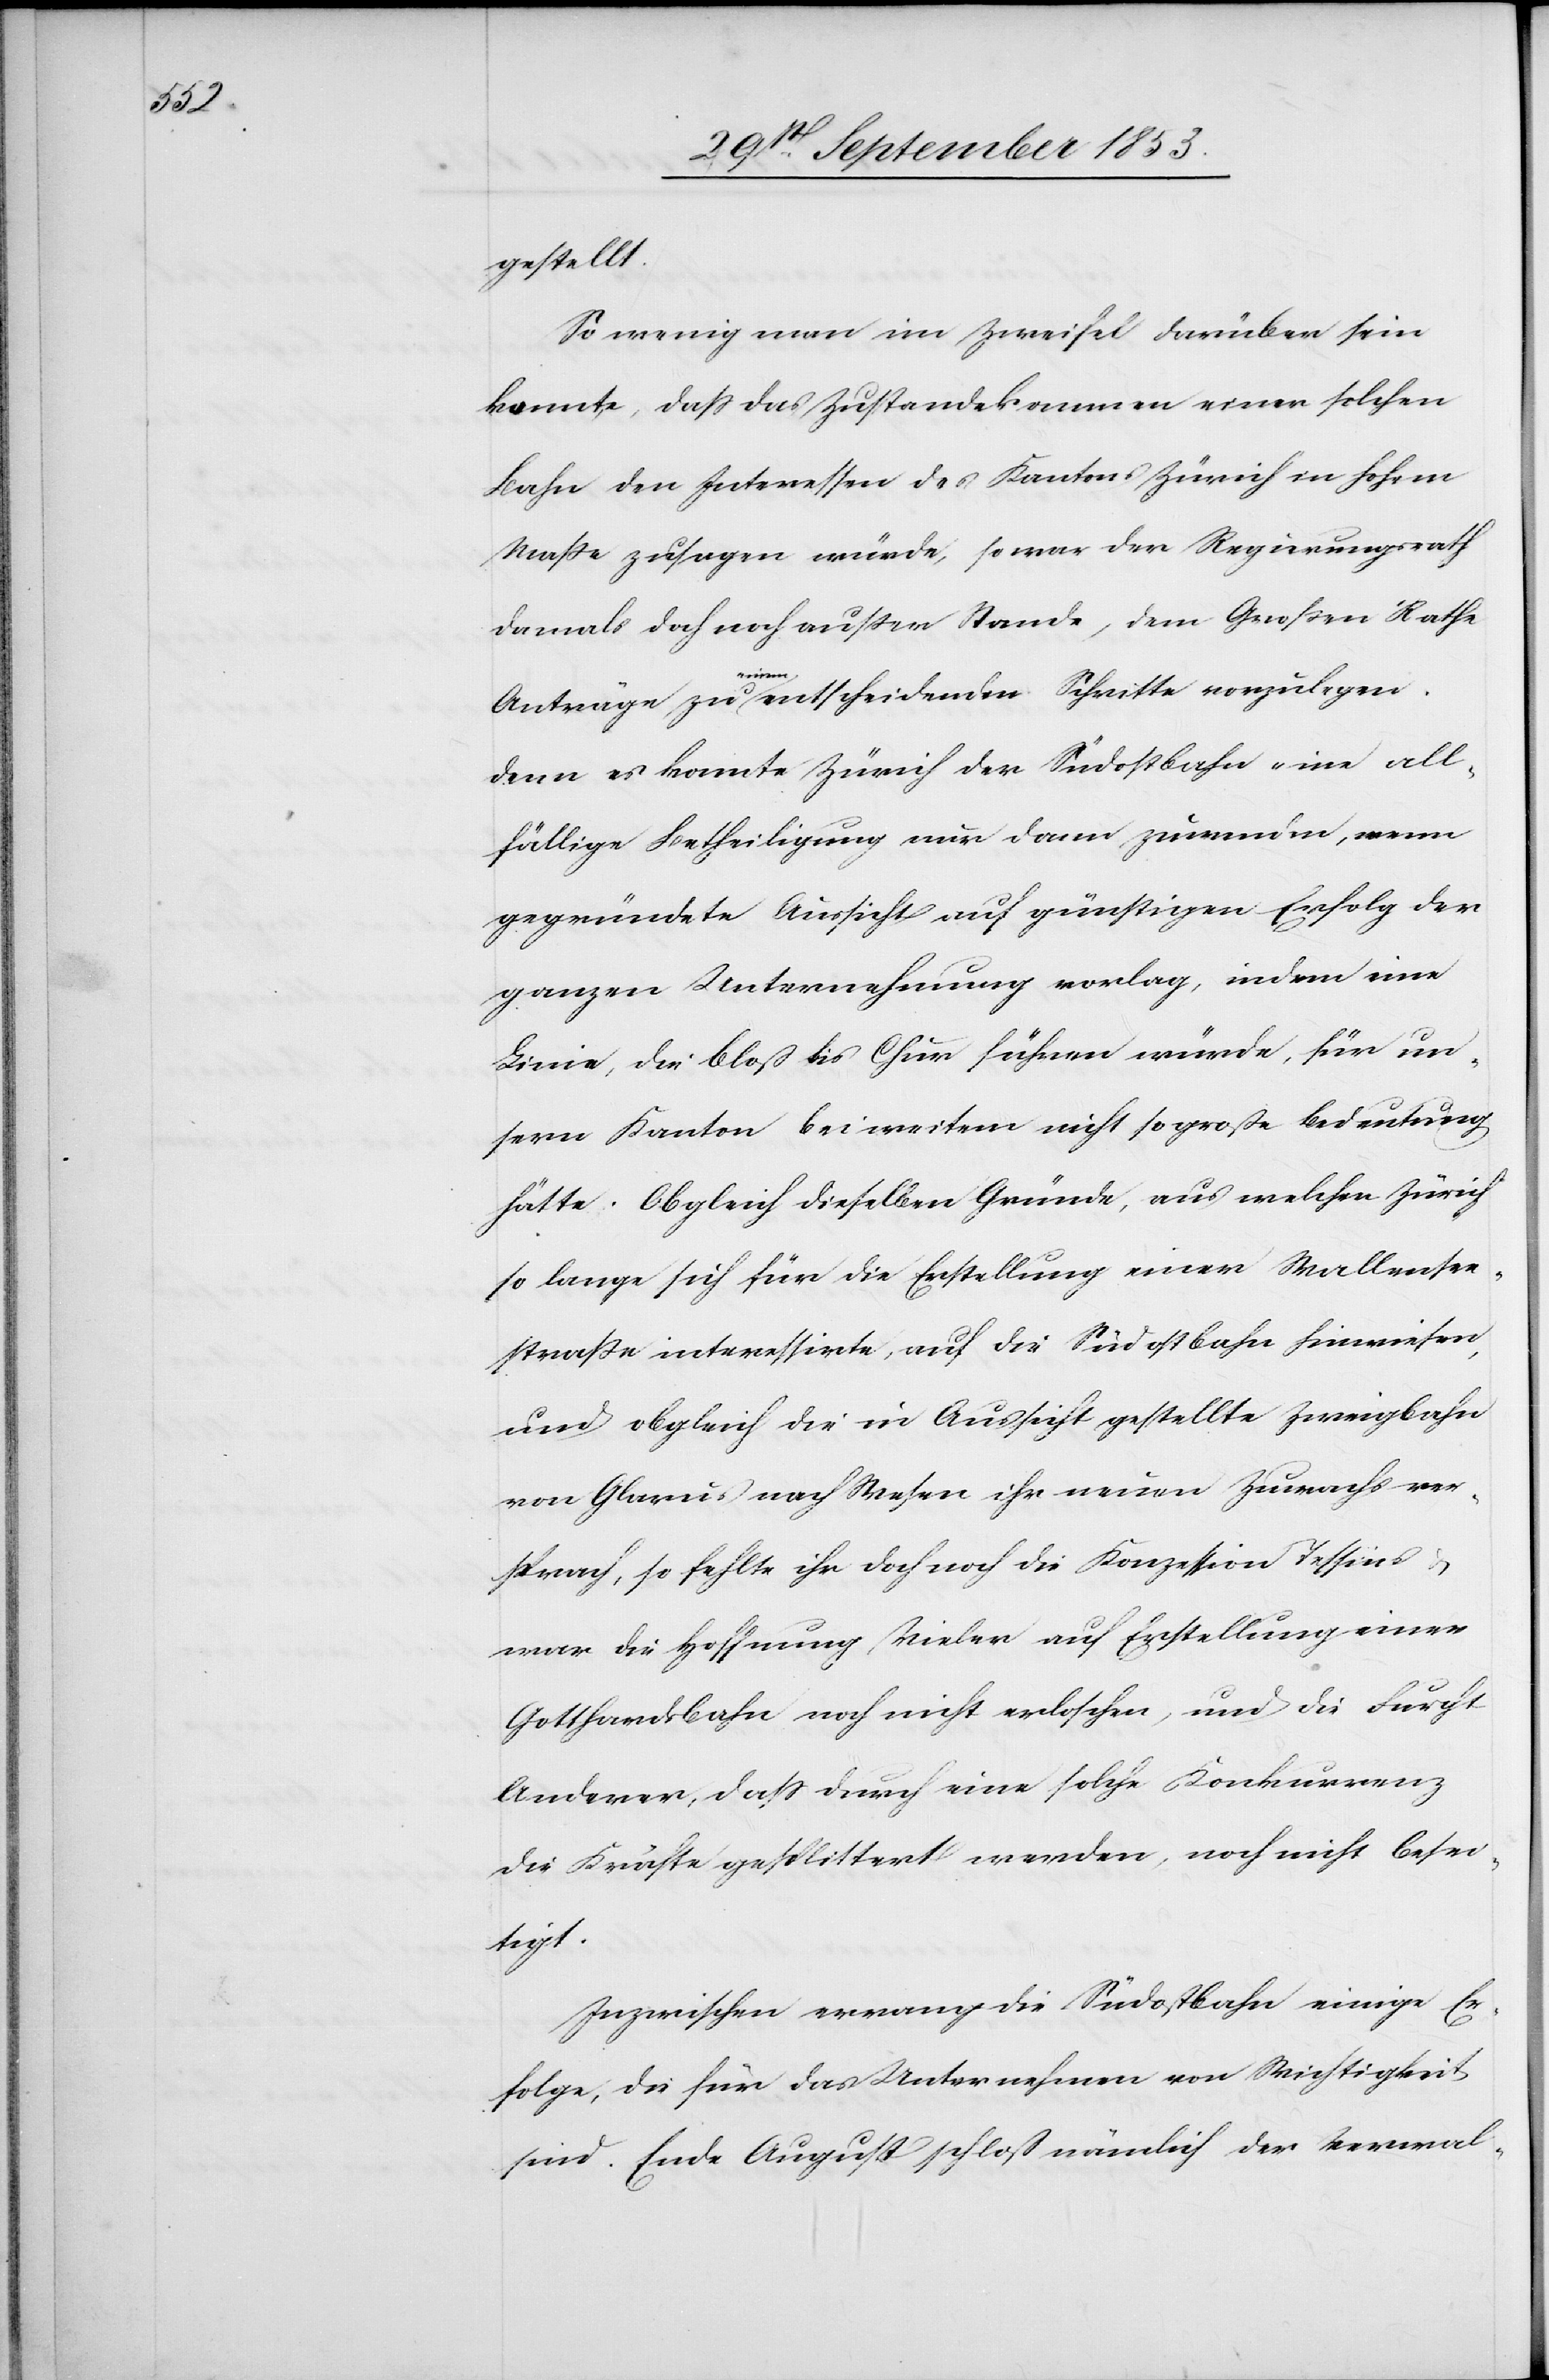
gestellt.
So wenig man im Zweifel darüber sein
konnte, daß das Zustandekommen einer solchen
Bahn den Interessen des Kantons Zürich in hohem
Maße zusagen würde, so war der Regierungsrath
damals doch noch außer Stande, dem Großen Rathe
Anträge zu einem entscheidenden Schritte vorzulegen.
Denn es konnte Zürich der Südostbahn eine all¬
fällige Betheiligung nur dann zuwenden, wenn
gegründete Aussicht auf günstigen Erfolg der
ganzen Unternehmung vorlag, indem eine
Linie, die bloß bis Chur führen würde, für un¬
sern Kanton bei weitem nicht so große Bedeutung
hätte. Obgleich dieselben Gründe, aus welchen Zürich
so lange sich für die Erstellung einer Wallensee¬
straße interessirte auf die Südostbahn hinweisen,
und obgleich die in Aussicht gestellt Zweigbahn
von Glarus nach Wesen ihr neuen Zuwachs ver¬
sprach, so fehlte ihr doch noch die Konzession Tessins
war die Hoffnung Vieler auf Erstellung einer
Gotthardbahn noch nicht erloschen, und die Furcht
Anderer, daß durch eine solche Konkurrenz
die Kräfte gesplittert werden, noch nicht besei¬
tigt.
Inzwischen errang die Südostbahn einige Er¬
folge, die für das Unternehmen von Wichtigkeit
sind. Ende August schloß nämlich der Verwal-